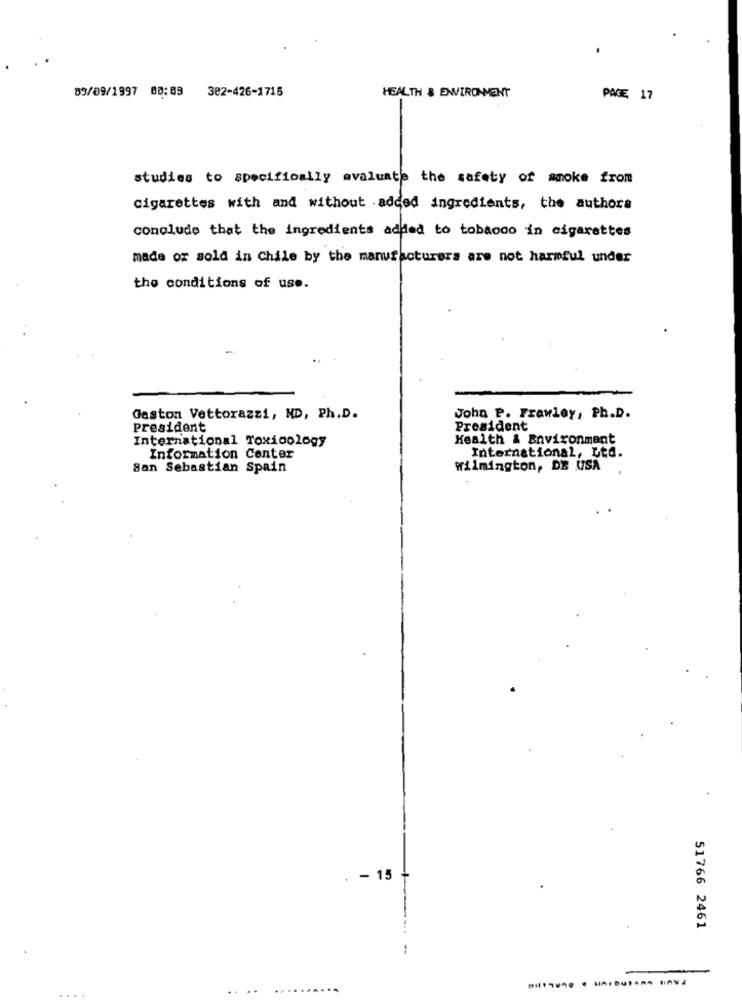
89/09/1997 08:09 382-426-1715
HEALTH & ENVIRONMENT
PAGE 17
studies to specifically evaluate the safety of moke from
cigarettes with and without added ingredients, the authors
conclude that the ingredients added to tobacco in cigarettes
made or sold in Chile by the manufacturers are not harmful under
the conditions of use.
Gaston Vettorazzi, HD, Ph.D.
John P. Frawley, Ph.D.
President
President
International Toxicology
Health & Environment
Information Center
International, Ltd.
San Sebastian Spain
Wilmington, DE USA
- 15
51766 2461
-
-
..........